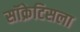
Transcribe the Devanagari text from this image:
सॉक्रेटिसला